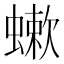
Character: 𧐁